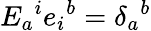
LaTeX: E_{a}{}^{i}e_{i}{}^{b}=\delta_{a}{}^{b}